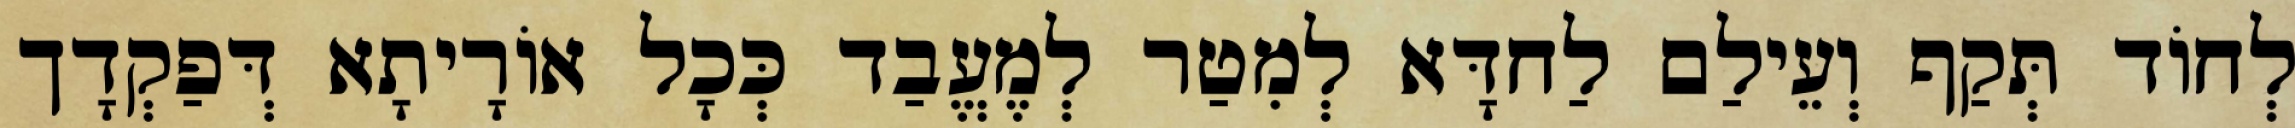
לְחוֹד תְּקַף וְעֵילַם לַחדָּא לְמִטַר לְמֶעֱבַד כְּכָל אוֹרָיתָא דְּפַקְדָך